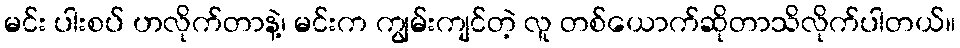
မင်း ပါးစပ် ဟလိုက်တာနဲ့၊ မင်းက ကျွမ်းကျင်တဲ့ လူ တစ်ယောက်ဆိုတာသိလိုက်ပါတယ်။